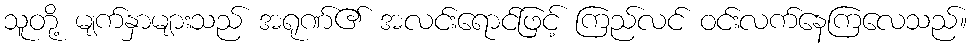
သူတို့ မျက်နှာများသည် အရုဏ်၏ အလင်းရောင်ဖြင့် ကြည်လင် ဝင်းလက်နေကြလေသည်။